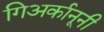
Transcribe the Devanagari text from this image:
गिअर्कानूनी